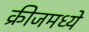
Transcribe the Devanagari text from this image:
क्रीजमध्ये